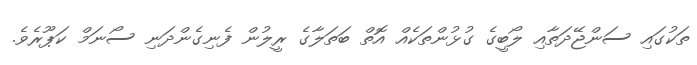
ތަކުގައި ސަންޖޭދަތާއި ލޯބީގެ ގުޅުންތަކެއް އޮތް ބަތަލާގެ ރީލުން ފެނިގެންދަނި ސޯނަމް ކަޕޫރެވެ.